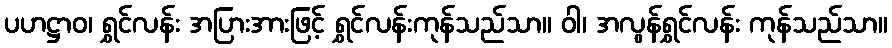
ပဟဋ္ဌာဝ၊ ရွှင်လန်း အပြားအားဖြင့် ရွှင်လန်းကုန်သည်သာ။ ဝါ၊ အလွန်ရွှင်လန်း ကုန်သည်သာ။